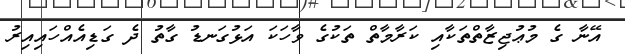
އޭނާ ގެ މުޢުޖިޒާތްތަކާއި ކަރާމާތް ތަކުގެ ވާހަކަ އަޅުގަނޑު ގާތު ދެ ގަޑިއެއްހައިއިރު